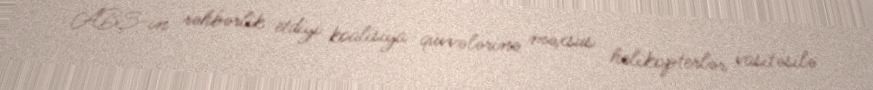
ABŞ-ın rəhbərlik etdiyi koalisiya qüvvələrinə məxsus helikopterlər vasitəsilə